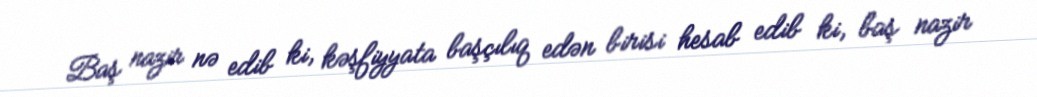
Baş nazir nə edib ki, kəşfiyyata başçılıq edən birisi hesab edib ki, baş nazir